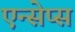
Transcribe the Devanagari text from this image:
एन्सेप्स